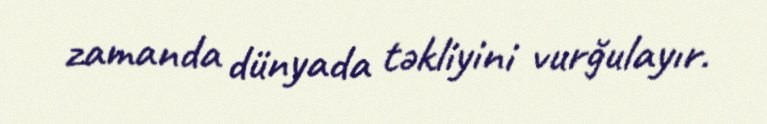
zamanda dünyada təkliyini vurğulayır.